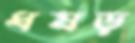
ধষড়